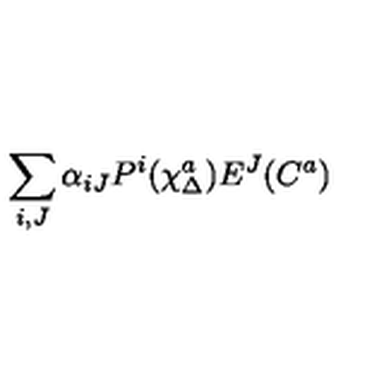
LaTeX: \sum _ { i , J } \alpha _ { i J } P ^ { i } ( \chi _ { \Delta } ^ { a } ) E ^ { J } ( C ^ { a } )